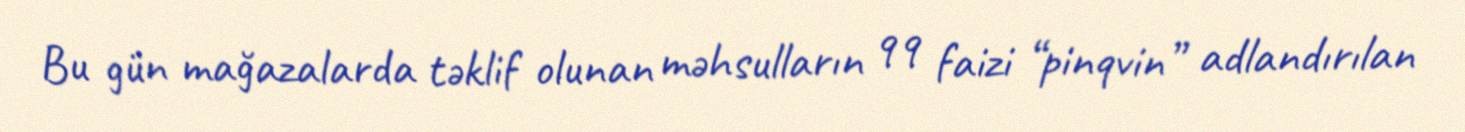
Bu gün mağazalarda təklif olunan məhsulların 99 faizi “pinqvin” adlandırılan